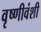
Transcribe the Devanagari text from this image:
वृष्णीवंशी